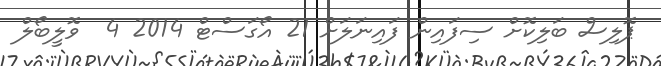
ޕޮލިސް ބަލިކޮށް ސިފައިން ފައިނަލަށް 21 އޯގަސްޓް 2014 4  ވޮލީބޯލް